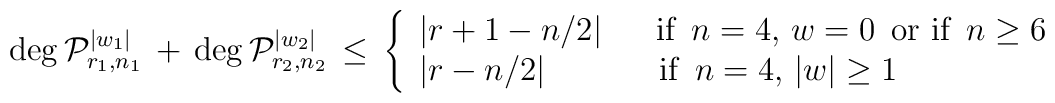
\deg {\cal P}_{r_1,n_1}^{|w_1|}\,+\,\deg {\cal P}_{r_2,n_2}^{|w_2|}\,\le\, \left\{ \begin{array}{l}|r+1-n/2|  \quad \ \textrm{  if $\,n = 4$,  $w=0\,$ or if $\,n \ge 6$ }\\|r-n/2|  \quad \qquad\, \textrm{ if $\,n =4$, $|w|\geq 1\,$}\\ \end{array}  \right.